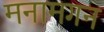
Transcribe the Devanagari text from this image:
मनामगन